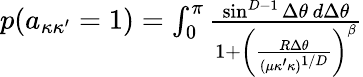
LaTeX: \begin{array}{r}{p(a_{\kappa\kappa^{\prime}}=1)=\int_{0}^{\pi}\frac{\sin^{D-1}\Delta\theta\, d\Delta\theta}{1+\left(\frac{R\Delta\theta}{(\mu\kappa^{\prime}\kappa)^{1/D}}\right)^{\beta}}}\end{array}